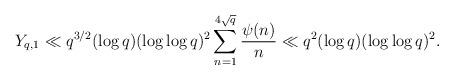
LaTeX: \begin{align*}Y_{q,1} \ll q^{3/2} (\log q)(\log \log q)^2 \sum_{n=1}^{4\sqrt{q}} \frac{\psi(n)}{n} \ll q^{2} (\log q)(\log \log q)^2 .\end{align*}